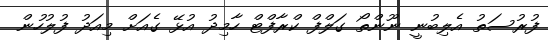
ފުރުސަތު އެލިބުނީ ނޫންތޯ ގަލްފް ކްރާފްޓް ހާމިދު އުޅޭ ގެއަށް މިއަދު ފުލުހުން